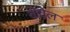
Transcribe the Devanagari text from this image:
वोवेल